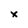
Character: x